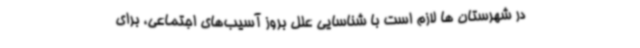
در شهرستان ها لازم است با شناسایی علل بروز آسیب‌های اجتماعی، برای